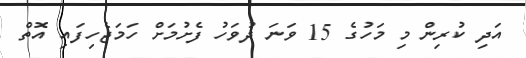
އަދި ކުރިން މި މަހުގެ 15 ވަނަ ދުވަހު ފެށުމަށް ހަމަޖެހިފައި އޮތް